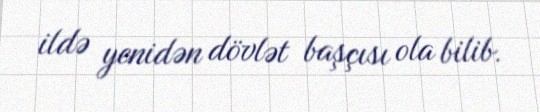
ildə yenidən dövlət başçısı ola bilib.